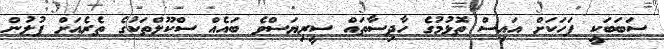
ސަބަބަކީ ފަހަކަށް އައިސް ތޮޅުމުގެ ހާދިސާތައް ސީރިޔަސްވެ ބައެއް ސްކޫލްތަކުގެ ތެރެއަށް ފުލުން